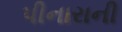
પીનારાની